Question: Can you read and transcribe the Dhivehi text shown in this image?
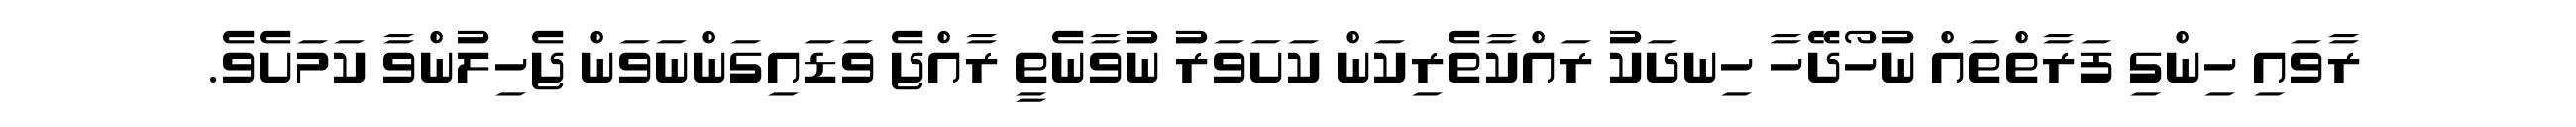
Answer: ރާވައި ހިންގި ފަރާތްތައް ނުހޯދޭހާ ހިނދަކު ރައްކާތެރިކަން ކަށަވަރު ނުވާނެތީ ރާއްޖެ ވަޑައިގަންނަވަން ޖެހިލުންވާ ކަމަށެވެ.